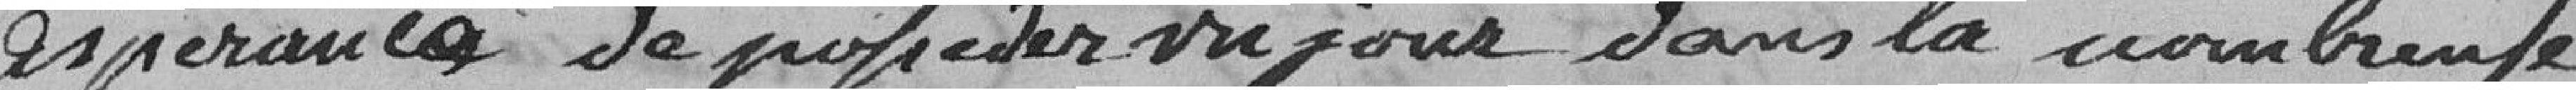
espérance de procéder vu jour dans la  nombreuse